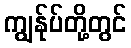
ကျွန်ုပ်တို့တွင်